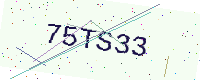
Text: 75TS33